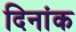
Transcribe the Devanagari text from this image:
दिनांक